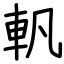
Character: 軓